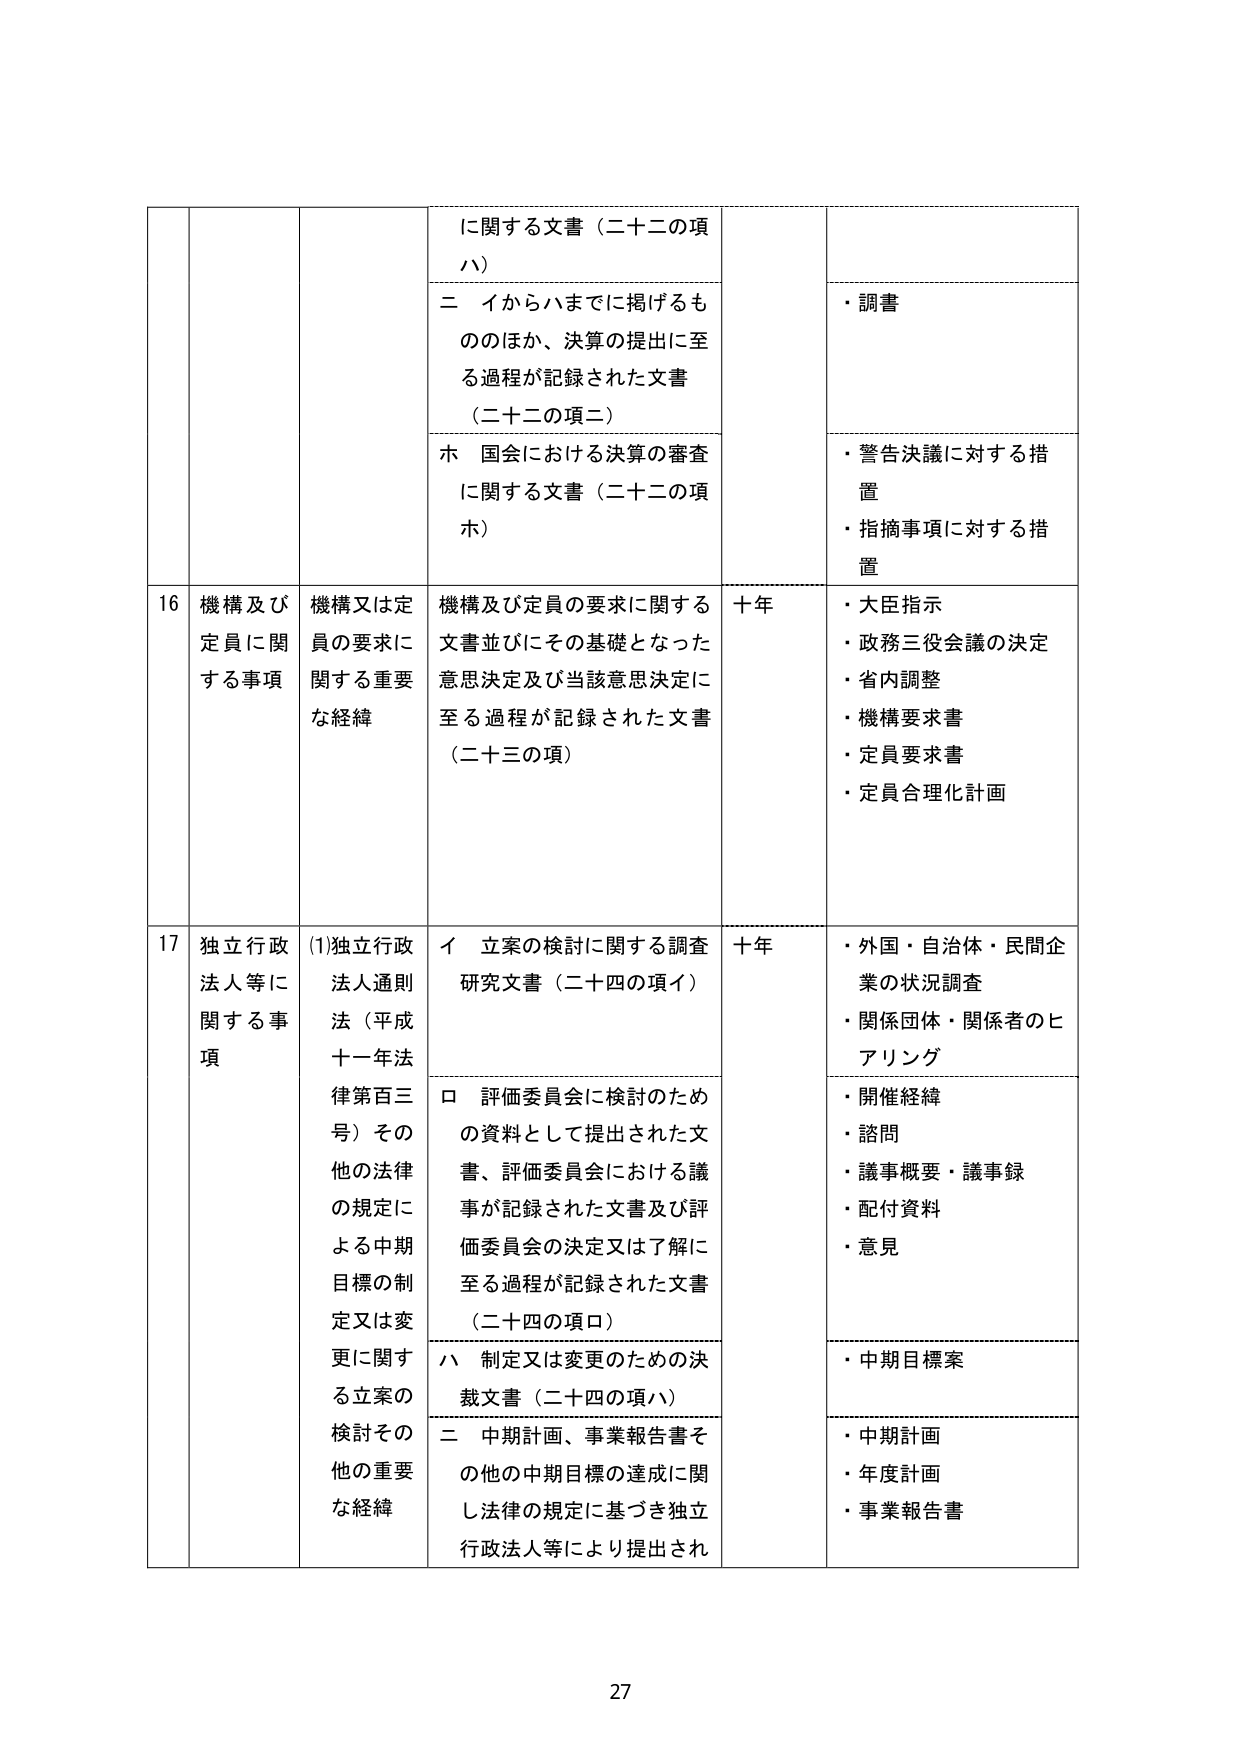
に関する文書（二十二の項ハ）
二 イからハまでに掲げるもののほか、決算の提出に至る過程が記録された文書（二十二の項二）
ホ 国会における決算の審査に関する文書（二十二の項ホ）
・調書
・警告決議に対する措置
・指摘事項に対する措置

16 機構及び定員に関する事項
機構又は定員の要求に関する重要な経緯
機構及び定員の要求に関する文書並びにその基礎となった意思決定及び当該意思決定に至る過程が記録された文書（二十三の項）
十年
・大臣指示
・政務三役会議の決定
・省内調整
・機構要求書
・定員要求書
・定員合理化計画

17 独立行政法人等に関する事項
(1)独立行政法人通則法（平成十一年法律第百三号）その他の法律の規定による中期目標の制定又は変更に関する立案の検討その他の重要な経緯
イ 立案の検討に関する調査研究文書（二十四の項イ）
ロ 評価委員会に検討のための資料として提出された文書、評価委員会における議事が記録された文書及び評価委員会の決定又は了解に至る過程が記録された文書（二十四の項ロ）
ハ 制定又は変更のための決裁文書（二十四の項ハ）
二 中期計画、事業報告書その他の中期目標の達成に関し法律の規定に基づき独立行政法人等により提出され
十年
・外国・自治体・民間企業の状況調査
・関係団体・関係者のヒアリング
・開催経緯
・諮問
・議事概要・議事録
・配付資料
・意見
・中期目標案
・中期計画
・年度計画
・事業報告書

27